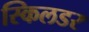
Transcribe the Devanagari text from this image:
स्किलडर